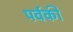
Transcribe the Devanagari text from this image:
पर्वकी